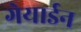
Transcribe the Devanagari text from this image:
गेयार्डन